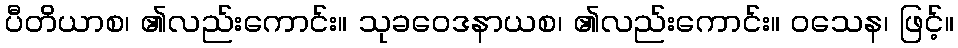
ပီတိယာစ၊ ၏လည်းကောင်း။ သုခဝေဒနာယစ၊ ၏လည်းကောင်း။ ဝသေန၊ ဖြင့်။